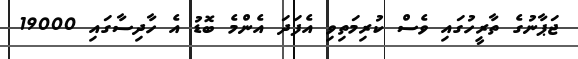
ޖަޕާނުގެ ތާރީހުގައި ވެސް ކުރިމަތިވި އެފަދަ އެންމެ ބޮޑު އެ ހާދިސާގައި 19000